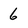
Character: 6